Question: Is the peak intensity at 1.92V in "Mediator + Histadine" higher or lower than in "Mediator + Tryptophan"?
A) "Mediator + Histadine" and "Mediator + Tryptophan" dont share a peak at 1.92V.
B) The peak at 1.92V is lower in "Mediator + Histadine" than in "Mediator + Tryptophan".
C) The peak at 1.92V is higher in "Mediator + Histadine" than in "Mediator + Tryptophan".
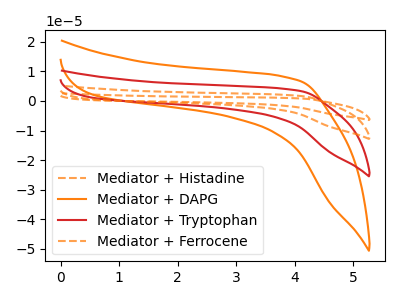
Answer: <think>The orange dashed curve "Mediator + Histadine" has no peaks. The orange curve "Mediator + DAPG" has no peaks. The red curve "Mediator + Tryptophan" has no peaks. The orange dashed curve "Mediator + Ferrocene" has no peaks.</think>
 <answer>A) "Mediator + Histadine" and "Mediator + Tryptophan" dont share a peak at 1.92V.</answer>
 <eval>A</eval>